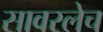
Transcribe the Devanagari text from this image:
सावरलेच